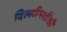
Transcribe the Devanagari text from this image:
दिल्लीपतीशी